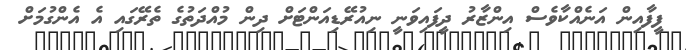
ފީފާއިން އަނެއްކާވެސް އިންޒާރު ދީފައިވަނީ ނިއުރޭޑިއަންޓަށް ދިން މުއްދަތުގެ ތެރޭގައި އެ އެންގުމަށް